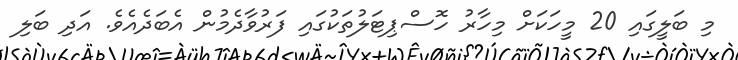
މި ބަލީގައި 20 މީހަކަށް މިހާރު ހޮސްޕިޓަލުތަކުގައި ފަރުވާދެމުން އެބަދެއެވެ. އަދި ބަލި